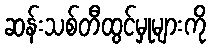
ဆန်းသစ်တီထွင်မှုများကို